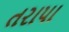
તરાપા